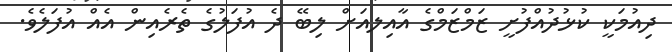
ދިއުމަކީ ކުޅުދުއްފުށީ ޒަމްޒަމްގެ އާއިލއަށް ލިބޭ ދެ އުފަލުގެ ތެރެއިން އެއް އުފަލެވެ.